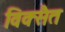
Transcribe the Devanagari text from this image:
विक्सैत